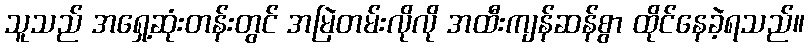
သူသည် အရှေ့ဆုံးတန်းတွင် အမြဲတမ်းလိုလို အထီးကျန်ဆန်စွာ ထိုင်နေခဲ့ရသည်။